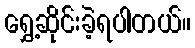
ရွှေ့ဆိုင်းခဲ့ရပါတယ်။